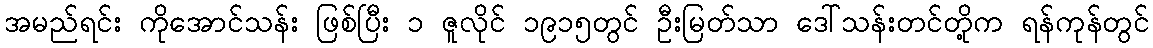
အမည်ရင်း ကိုအောင်သန်း ဖြစ်ပြီး ၁ ဇူလိုင် ၁၉၁၅တွင် ဦးမြတ်သာ ဒေါ်သန်းတင်တို့က ရန်ကုန်တွင်